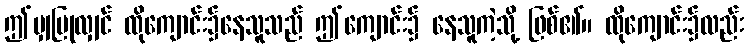
ဤမျှပြုလျှင် ထိုကျောင်း၌နေသူသည် ဤကျောင်း၌ နေသူကဲ့သို့ ဖြစ်၏။ ထိုကျောင်း၌လည်း